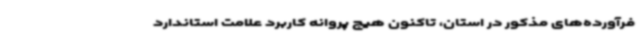
فرآورده‌های مذکور در استان، تاکنون هیچ پروانه کاربرد علامت استاندارد